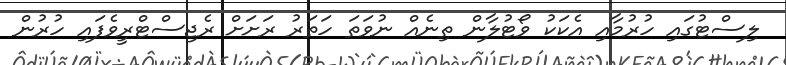
ލިސްޓުގައި ހުރުމާއި އެކަކު ވޯޓުލާން ތިނެއް ނުވަތަ ހަތަރު ރަށަށް ރެޖިސްޓްރީވެފައި ހުރުން